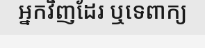
អ្នកវិញដែរ ឬទេពាក្យ